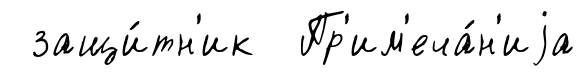
защи́тн'ик Пр'им'еча́н'иjа